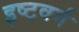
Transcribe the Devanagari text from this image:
इष्टवर्ग